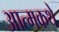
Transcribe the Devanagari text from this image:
आत्मकथे